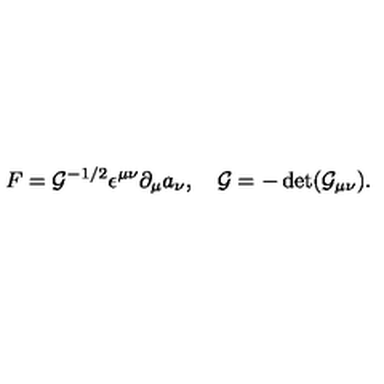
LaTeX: F = { \cal G } ^ { - 1 / 2 } \epsilon ^ { \mu \nu } \partial _ { \mu } a _ { \nu } , \quad { \cal G } = - \det ( { \cal G } _ { \mu \nu } ) .